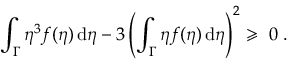
\int _ { \Gamma } \eta ^ { 3 } f ( \eta ) \, \mathrm { d } \eta - 3 \left( \int _ { \Gamma } \eta f ( \eta ) \, \mathrm { d } \eta \right) ^ { 2 } \geqslant \ 0 \; .